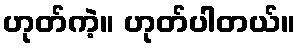
ဟုတ်ကဲ့။ ဟုတ်ပါတယ်။